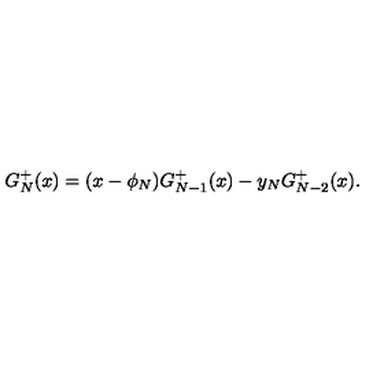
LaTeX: G _ { N } ^ { + } ( x ) = ( x - \phi _ { N } ) G _ { N - 1 } ^ { + } ( x ) - y _ { N } G _ { N - 2 } ^ { + } ( x ) .